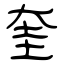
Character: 奎